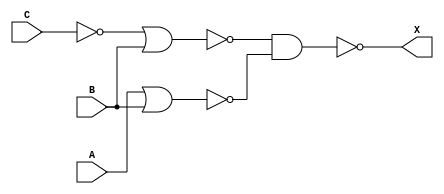
module DLD(A,B,C,X);
input A,B,C;
output X;
wire w1,w2;
nor g1(w1,A,B);
nand g2(w2,C,C);
nor g3(w3,w2,B);
nand g4(X,w3,w1);
endmodule